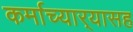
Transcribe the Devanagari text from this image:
कर्माच्यार्‍यासह